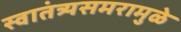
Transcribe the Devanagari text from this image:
स्वातंत्र्यसमरामुळे